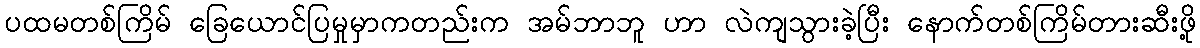
ပထမတစ်ကြိမ် ခြေယောင်ပြမှုမှာကတည်းက အမ်ဘာဘူ ဟာ လဲကျသွားခဲ့ပြီး နောက်တစ်ကြိမ်တားဆီးဖို့